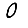
Digit: 0